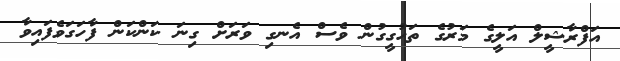
އަފްރާޝީލް އަލީގެ މަރުގެ ތަހުގީގުން ވެސް އެނގި ވަރަށް ގިނަ ކަންކަން ފާހަގަވެފައިވާ